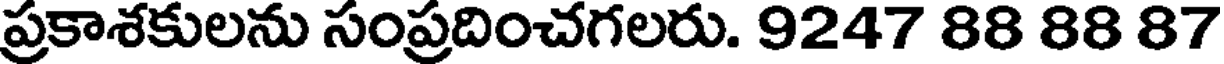
ప్రకాశకులను సంప్రదించగలరు. 9247 88 88 87